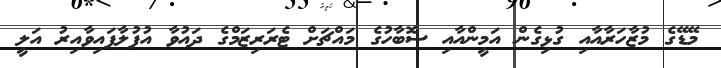
މޭޑޭގެ މުޒާހަރާއާއި ގުޅިގެން އަމީންއާއި ސޮބާހުގެ މައްޗަށް ޓެރަރިޒަމްގެ ދައުވާ އުފުލާފައިވާއިރު އަލީ